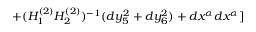
+ ( H _ { 1 } ^ { ( 2 ) } H _ { 2 } ^ { ( 2 ) } ) ^ { - 1 } ( d y _ { 5 } ^ { 2 } + d y _ { 6 } ^ { 2 } ) + d x ^ { \alpha } d x ^ { \alpha } ]